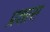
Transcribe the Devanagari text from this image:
प्रशास